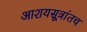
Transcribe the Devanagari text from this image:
आशयसूत्रांतच